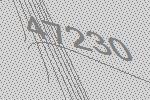
47230